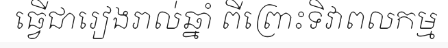
ធ្វើជារៀងរាល់ឆ្នាំ ពីព្រោះទិវាពលកម្ម